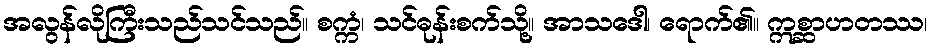
အလွန်လိုကြီးသည်သင်သည်။ စက္ကံ၊ သင်ဓုန်းစက်သို့။ အာသဒေါ၊ ရောက်၏။ ဣစ္ဆာဟတဿ၊